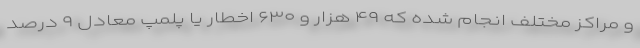
و مراکز مختلف انجام شده که ۴۹ هزار و ۶۳۰ اخطار یا پلمپ معادل ۹ درصد